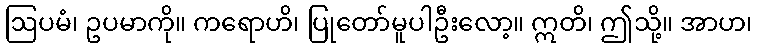
ဩပမံ၊ ဥပမာကို။ ကရောဟိ၊ ပြုတော်မူပါဦးလော့။ ဣတိ၊ ဤသို့။ အာဟ၊